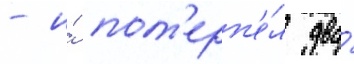
- и́ пот'ерп'е́л два́